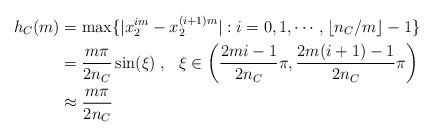
LaTeX: \begin{align*}h_C(m) &=\max\{|x_2^{im}-x^{(i+1)m}_2|: i=0,1,\cdots,\lfloor n_C/m\rfloor-1\} \\ & =\frac{m\pi}{2n_C}\sin(\xi)\;, \ \ \xi \in \left(\frac{2mi-1}{2n_C} \pi, \frac{2m(i+1)-1}{2n_C}\pi\right) \\ & \approx \frac{m\pi}{2n_C} \\\end{align*}